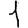
Digit: 1